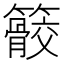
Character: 䉰